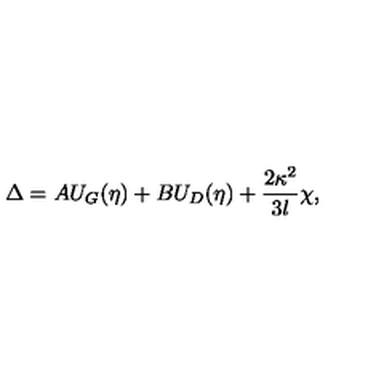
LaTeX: \Delta = A U _ { G } ( \eta ) + B U _ { D } ( \eta ) + \frac { 2 \kappa ^ { 2 } } { 3 l } \chi ,